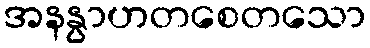
အနနွာဟတစေတသော